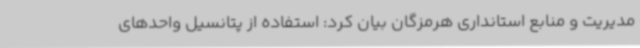
مدیریت و منابع استانداری هرمزگان بیان کرد: استفاده از پتانسیل واحدهای